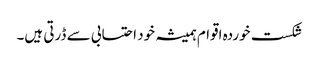
شکست خوردہ اقوام ہمیشہ خود احتسابی سے ڈرتی ہیں۔